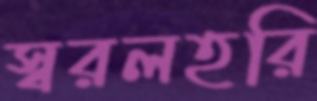
স্বরলহরি